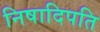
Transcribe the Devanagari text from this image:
निषादिपति